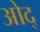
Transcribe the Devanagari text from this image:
ओद्